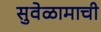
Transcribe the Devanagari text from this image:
सुवेळामाची